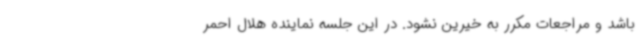
باشد و مراجعات مکرر به خیرین نشود. در این جلسه نماینده هلال احمر